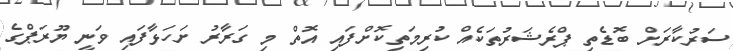
ސަރުކާރަށް ބޮޑެތި ޕްރެޝަރުތަކެއް ކުރިމަތިކޮށްފައި އޮތް މި ގަރާރު ށަހަޅާފައި ވަނީ ޔޫރަޕްގެ